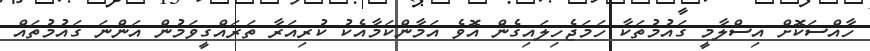
ހާއްސަކޮށް އިސްލާމީ ގައުމުތަކާ ހަމަޖެހިލައިގެން އޮވެ އަމާންކަމާއެކު ކުރިއަރާ ތަރައްގީވަމުން އަންނަ ގައުމުތައް